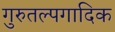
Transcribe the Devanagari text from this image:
गुरुतल्पगादिक